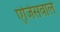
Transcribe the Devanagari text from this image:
एंजिसवाले